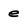
Character: e